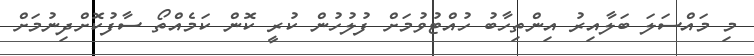
މި މައްސަލަ ބަލާއިރު އިންތިހާބު ހުއްޓުވުމަށް ފުލުހުން ކުރީ ކޮން ކަމެއްތޯ ސާފުކޮށްދިނުމަށް